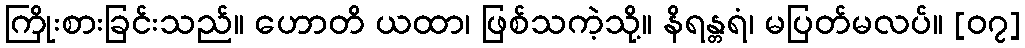
ကြိုးစားခြင်းသည်။ ဟောတိ ယထာ၊ ဖြစ်သကဲ့သို့။ နိရန္တရံ၊ မပြတ်မလပ်။ [၀၇]